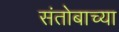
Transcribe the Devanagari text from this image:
संतोबाच्या